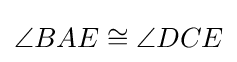
\angle BAE\cong \angle DCE